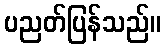
ပညတ်ပြန်သည်။